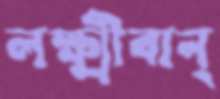
লক্ষ্মীবান্‌